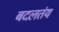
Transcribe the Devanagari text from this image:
बदलतंय